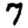
Digit: 7